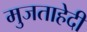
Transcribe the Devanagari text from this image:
मुजताहेदी